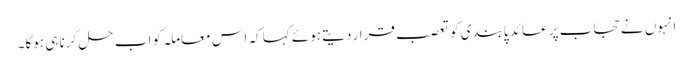
انہوں نے حجاب پر عائد پابندی کو تعصب قرار دیتے ہوئے کہا کہ اس معاملہ کو اب حل کرنا ہی ہوگا۔